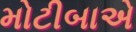
મોટીબાએ